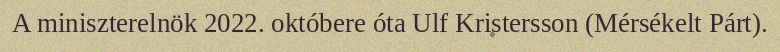
A miniszterelnök 2022. októbere óta Ulf Kristersson (Mérsékelt Párt).